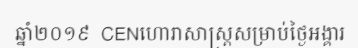
ឆ្នាំ២០១៩  CENហោរាសាស្ត្រសម្រាប់ថ្ងៃអង្គារ